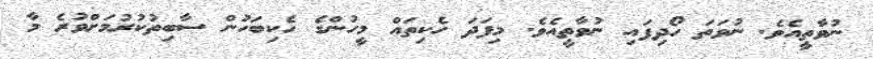
ނުވާތީއެވެ. ނުވަތަ ހޯދިފައި ނުވާތީއެވެ. މިފަދަ ހެކިތައް މީހުންގެ ހެކިބަހުން ސާބިތުކުރުމަށްވުރެ މާ